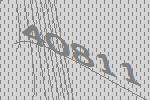
40811